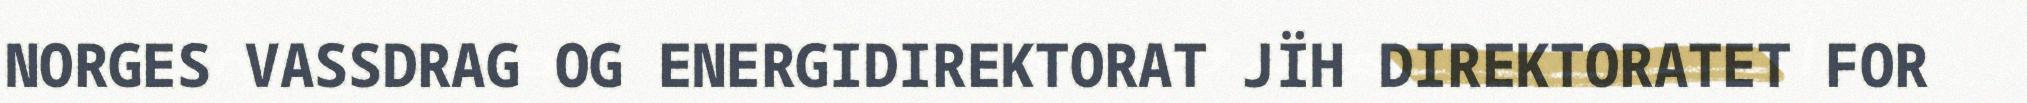
NORGES VASSDRAG OG ENERGIDIREKTORAT JÏH DIREKTORATET FOR